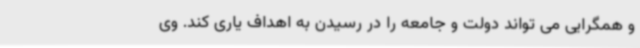
و همگرایی می تواند دولت و جامعه را در رسیدن به اهداف یاری کند. وی